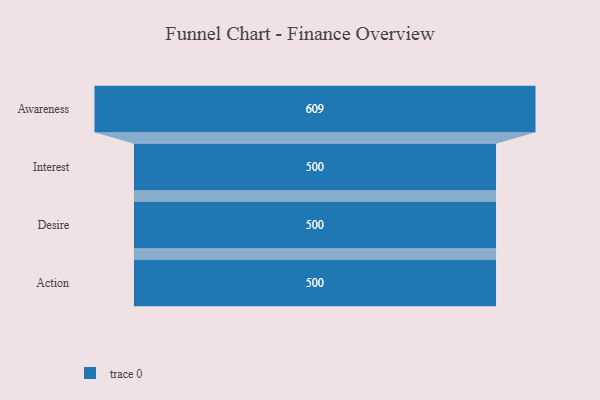
{"axis": {"x": "Stage", "y": "Value"}, "legend": [""], "data": [{"x": "Awareness", "y": 609.0, "type": ""}, {"x": "Interest", "y": 500, "type": ""}, {"x": "Desire", "y": 500, "type": ""}, {"x": "Action", "y": 500, "type": ""}]}